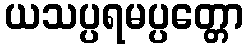
ယသပ္ပရမပ္ပတ္တော